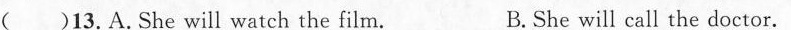
C.She will check her teeth. D.She will visit a patient.